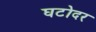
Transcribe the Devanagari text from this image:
घटोदर